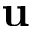
\mathbf { u }